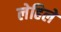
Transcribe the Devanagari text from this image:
लेहिले